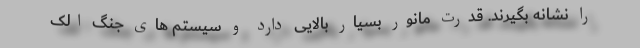
را نشانه بگیرند. قدرت مانور بسیار بالایی دارد و سیستم های جنگ الک